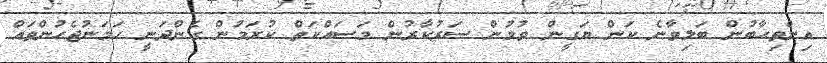
އިންތިޙާބުން ބަލިވާނެ ކަން ޔަގީން ވުމުން ސަރުކާރުން މަސައްކަތް ކުރަމުން ގެންދަނީ ހަމަނުޖެހުންތައް